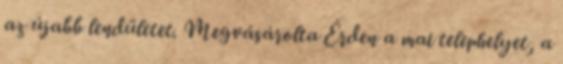
az újabb lendületet. Megvásárolta Érden a mai telephelyet, a